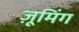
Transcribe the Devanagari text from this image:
ज़ूमिंग